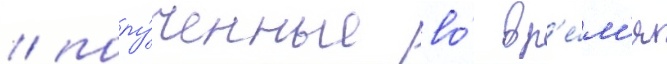
/ полу́ченные во́ вр'е́м'я